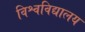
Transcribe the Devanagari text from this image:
विश्वविद्यालय